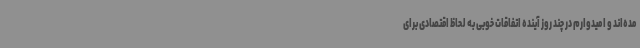
مده‌اند و امیدوارم در چند روز آینده اتفاقات خوبی به لحاظ اقتصادی برای